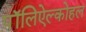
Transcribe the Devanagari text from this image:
पॉलिऐल्कोहल